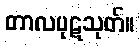
တာလပုဋသုတ်။